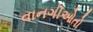
વાનગીઓતો